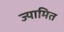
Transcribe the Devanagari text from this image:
ज्यामित